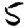
Digit: 5